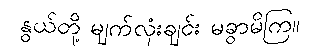
နွယ်တို့ မျက်လုံးချင်း မခွာမိကြ။